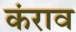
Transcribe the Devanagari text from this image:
कंराव